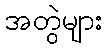
အတွဲများ